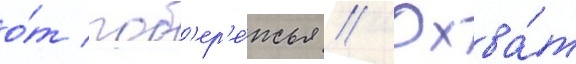
о́т поб'ер'е́жья // Охва́т